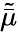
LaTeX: \tilde{\bar{\mu}}